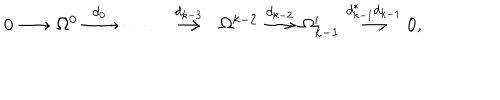
LaTeX: \begin{array} { c c c c c c c c c c c c c } { { 0 \! \! \! } } & { { \! \stackrel { } { \longrightarrow } \! \! \! } } & { { \! \Omega ^ { 0 } \! \! \! } } & { { \! \stackrel { d _ { 0 } } { \longrightarrow } \! \! \! } } & { { \cdots \! \! \! } } & { { \! } } & { { \stackrel { d _ { k - 3 } } { \longrightarrow } } } & { { \! \Omega ^ { k - 2 } \! \! \! } } & { { \! \stackrel { d _ { k - 2 } } { \longrightarrow } \! \! \! } } & { { \! \Omega _ { k - 1 } ^ { \prime } \! \! \! } } & { { \! \stackrel { d _ { k - 1 } ^ { * } d _ { k - 1 } } { \longrightarrow } \! \! \! } } & { { \! 0 , \! \! \! } } & { { } } \\ \end{array}